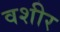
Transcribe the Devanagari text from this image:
वशीर